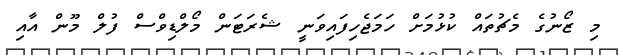
މި ޒޯނުގެ މެޗުތައް ކުޅުމަށް ހަމަޖެހިފައިވަނީ ޝެރަޓަން މޯލްޑިވްސް ފުލް މޫން އާއި